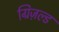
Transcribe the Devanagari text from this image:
ग्रिज़ल्ड